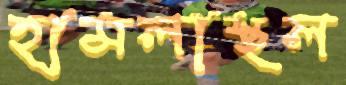
হামলাস্থল